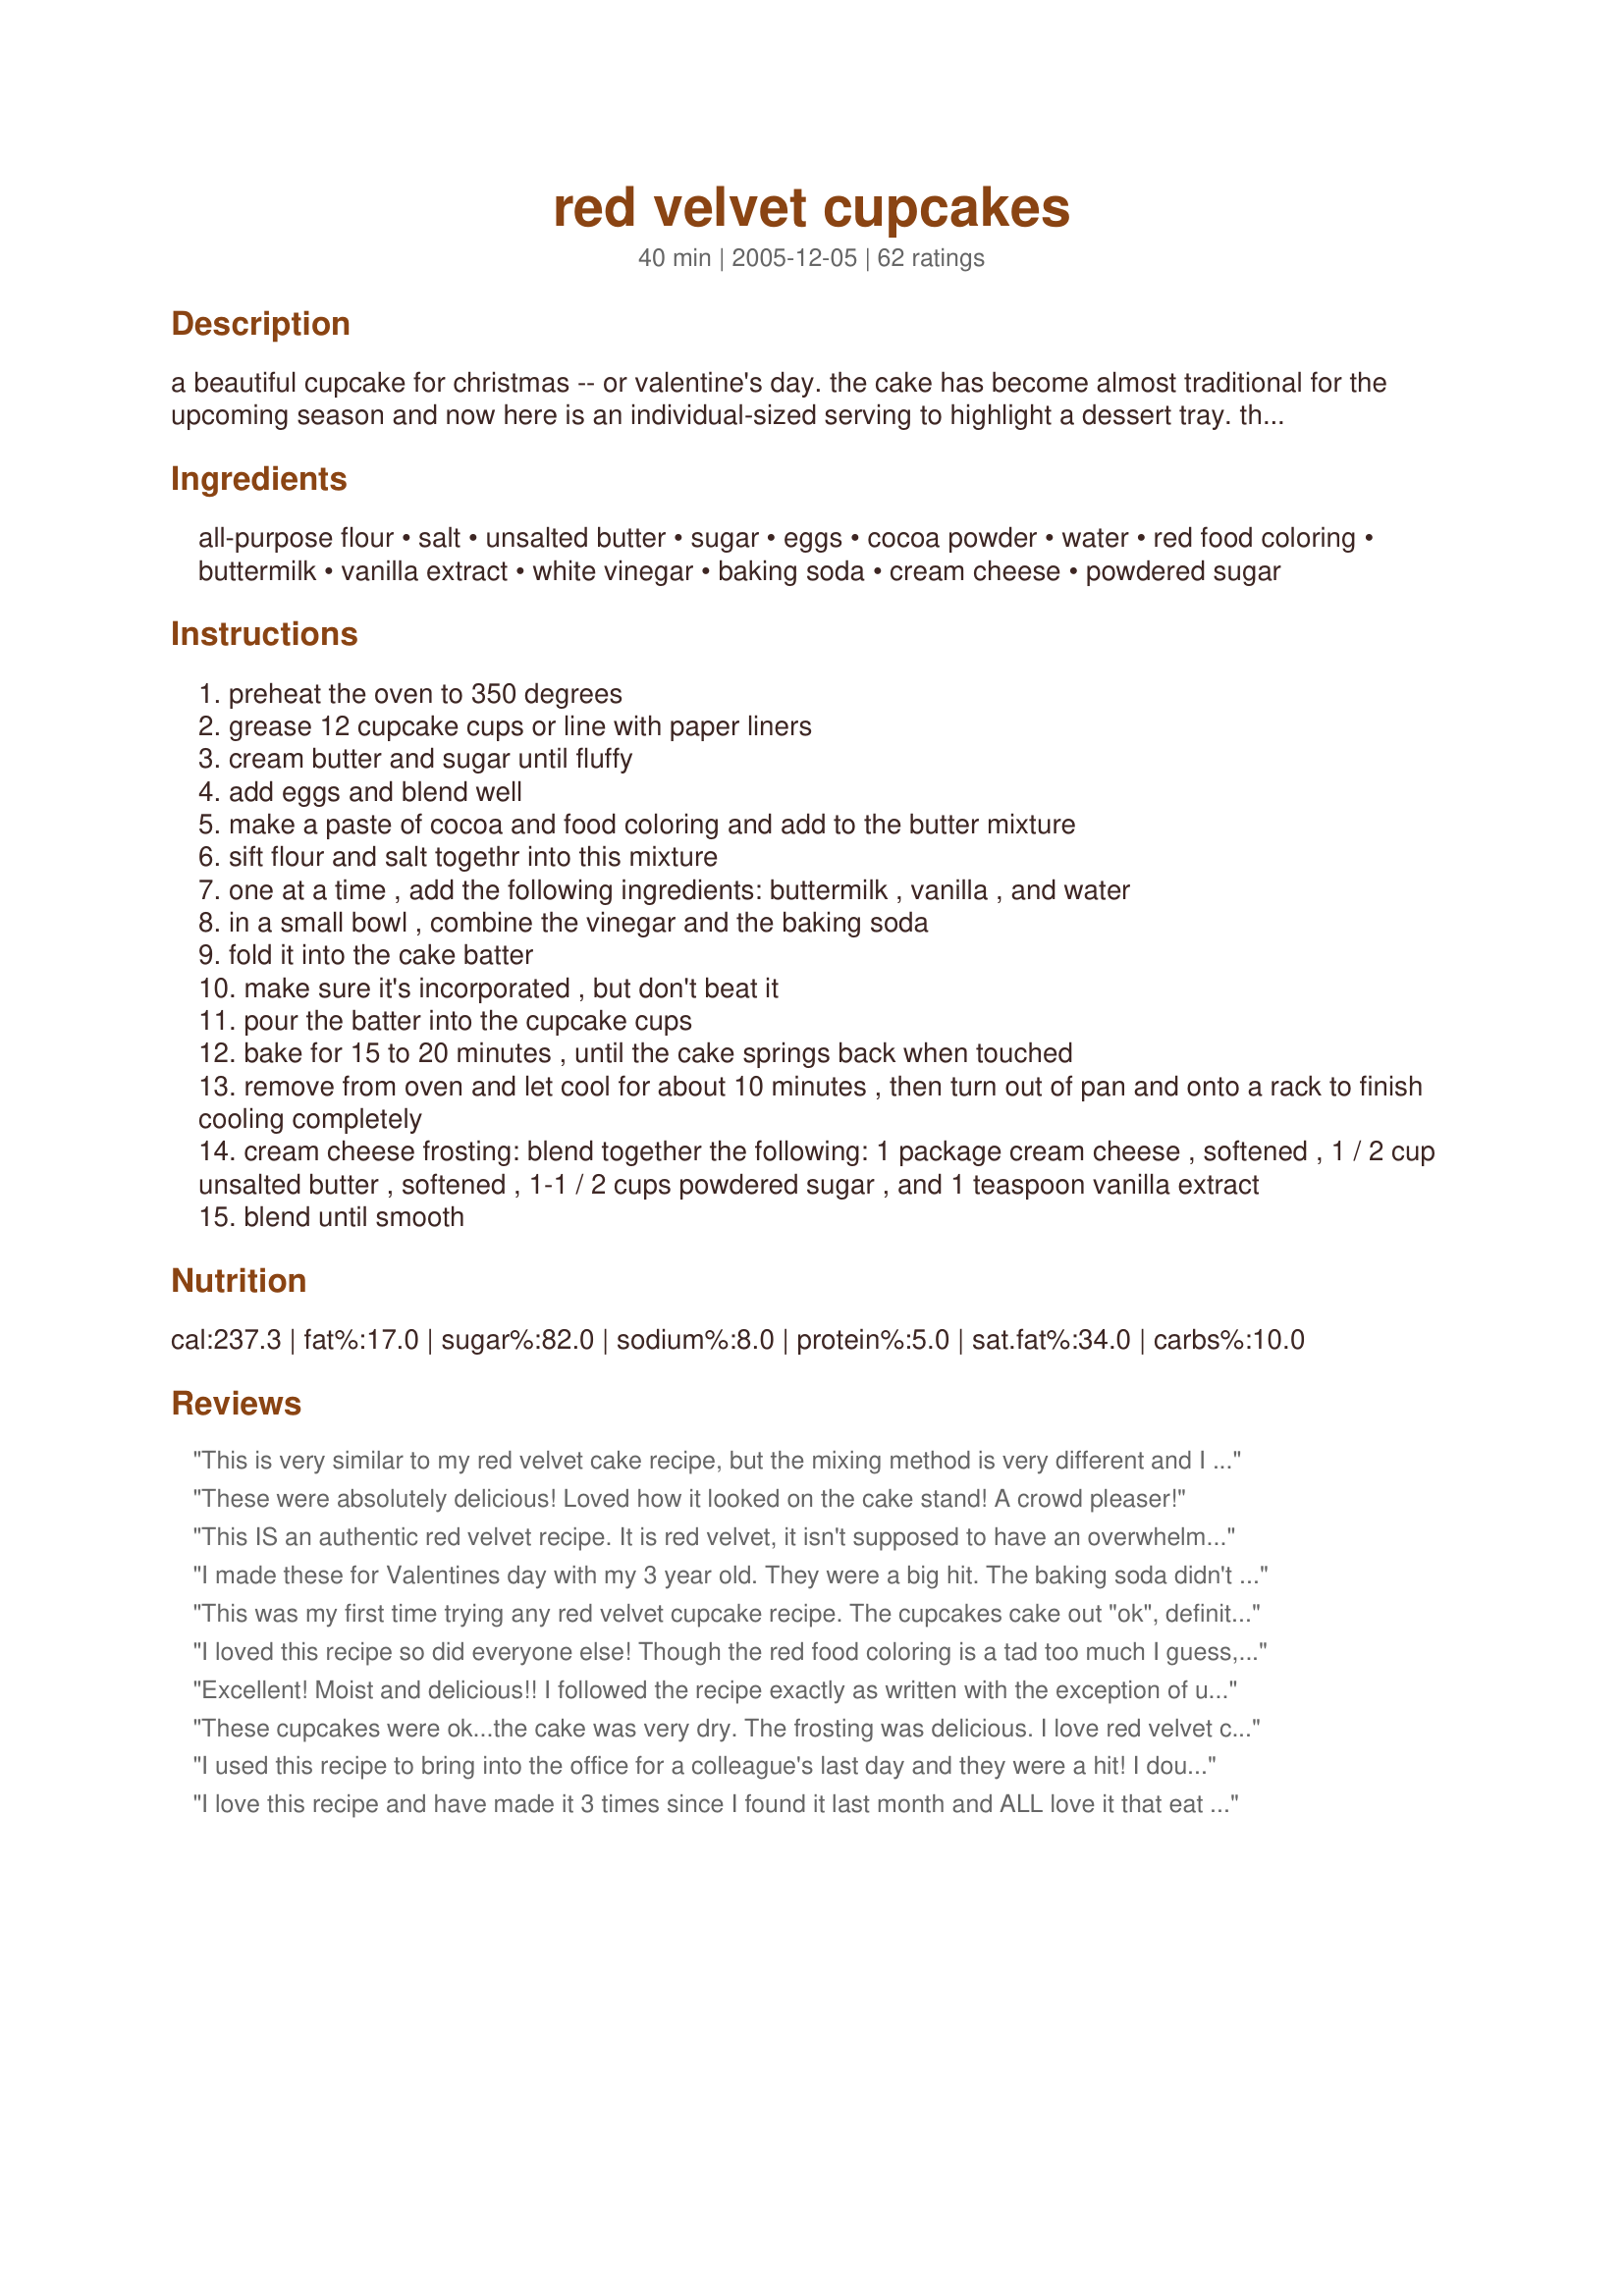
red velvet cupcakes
Preparation time: 40 minutes

a beautiful cupcake for christmas -- or valentine's day. the cake has become almost traditional for the upcoming season and now here is an individual-sized serving to highlight a dessert tray. the recipe came from a book of cupcake recipes and decorating ideas. i'm sorry to say i know neither the name of the book nor the author but am grateful to have gotten such a great recipe! note that the recipe for a suggested frosting is included at the end of the recipe, but any white frosting of your choice may be used.
edited to add: the recipe comes from the book "hey there, cupcake!" by clare crespo. it contains lots of decorating ideas.

Ingredients:
all-purpose flour, salt, unsalted butter, sugar, eggs, cocoa powder, water, red food coloring, buttermilk, vanilla extract, white vinegar, baking soda, cream cheese, powdered sugar

Steps:
preheat the oven to 350 degrees
grease 12 cupcake cups or line with paper liners
cream butter and sugar until fluffy
add eggs and blend well
make a paste of cocoa and food coloring and add to the butter mixture
sift flour and salt togethr into this mixture
one at a time , add the following ingredients: buttermilk , vanilla , and water
in a small bowl , combine the vinegar and the baking soda
fold it into the cake batter
make sure it's incorporated , but don't beat it
pour the batter into the cupcake cups
bake for 15 to 20 minutes , until the cake springs back when touched
remove from oven and let cool for about 10 minutes , then turn out of pan and onto a rack to finish cooling completely
cream cheese frosting: blend together the following: 1 package cream cheese , softened , 1 / 2 cup unsalted butter , softened , 1-1 / 2 cups powdered sugar , and 1 teaspoon vanilla extract
blend until smooth

Reviews:
This is very similar to my red velvet cake recipe, but the mixing method is very different and I can't imagine this method makes the cakes come out right. Most cocoas are very course and need to be sifted (at least I always sift). Then there is the "add all the flour" to the egg/butter mixture before adding the liquids. This must be impossible to incorporate, and then after the buttermilk is added, you will have nothing but a soupy mess. Every recipe I've seen has you alternate flour etc. and liquids, always beginning and ending with flour. Try this method next time and note the consistency of your batter after each addition. Always nice and "pudding-like" after the flour, but always runny after the milk. I didn't rate this because I didn't actually make the cupcakes. Just going from experience. My cake always turns out delicious too, and gets many rave reviews by those who eat it.
These were absolutely delicious! Loved how it looked on the cake stand! A crowd pleaser!
This IS an authentic red velvet recipe. It is red velvet, it isn't supposed to have an overwhelming chocolate taste. I've made this recipe many times and it always turns out great. But I do think I prefer it as a cake as opposed to cupcakes.
I made these for Valentines day with my 3 year old. They were a big hit. The baking soda didn't seem to overpowering (imo) and they were relatively easy to make.
This was my first time trying any red velvet cupcake recipe. The cupcakes cake out "ok", definitely not like the kind you buy at sprinkles! They were very moist in the middle, but on the outside, they were a little dry. I wasn't sure if I overcooked them, but my toothpick didn't come out clean until about 4 minutes past the max time given for the recipe. However, everyone at the part loved them. But maybe they were being nice?
I loved this recipe so did everyone else! Though the red food coloring is a tad too much I guess, it really leaves its color on your tongue for a long time.
Excellent! Moist and delicious!! I followed the recipe exactly as written with the exception of using only .3 oz of red food coloring. (It's all I had and didn't realize the recipe required more until I already started.) The cupcakes were a deep red color despite less coloring. I'm sure I'll be making these again!
These cupcakes were ok...the cake was very dry. The frosting was delicious. I love red velvet cake, but I won't make the cupcakes again. Not what I was expecting.
I used this recipe to bring into the office for a colleague's last day and they were a hit! I doubled the recipe because I thought it really only made 12 cupcakes--this is not the case. After doubling, I had 24 cupcakes plus enough to make a 9" round. It was almost too much for my Kitchenaid mixer to mix all at once. The cream cheese frosting was amazing and I used low fat cream cheese. I only used 1oz of food coloring and it was plenty red. A great recipe! Thanks!
I love this recipe and have made it 3 times since I found it last month and ALL love it that eat it and asked for the recipe! I did follow someone's advice and only put in 1 oz. of Red food coloring then just filled the bottle with water and shook for the second ounce! And they were red enough inside!
What a great recipe! I didn't make the paste with the cocoa and red food coloring. Instead I sifted the cocoa in with the dry ingredients. Then when the batter was made I put in the food coloring and then did the baking soda vinegar part. Turned out very yummy. I used another cream cheese frosting recipe. All of them got eating at our Christmas get together!
Very delicious and tres moist. The icing included goes well with the cupcakes. It looks very pretty also.
I&#039;ve made this recipe twice now. The first time, I accidentally used too much cocoa, and they ended up reminding me of Hostess cupcakes for some reason. This time, I followed the recipe almost to a T, but I didn&#039;t use as much food coloring because I didn&#039;t have enough. The cupcakes turned out really soft and fluffy. My husband said they were &quot;exquisite&quot;. My only problem with them is that I think they could have used a tad more vanilla or cocoa, or just something to make them a little bit more flavorful. I will definitely be keeping this recipe around and experimenting with it. I&#039;d love to see what a spice cake cupcake based on this recipe would taste like. I am already considering giving some variation of this as Christmas gifts. Thank you!
Loved them...i used almond milk w/ lemon juice to make butter milk ...ended up using less food coloring because I only bought a 1 ounce bottle for this so used what I had (seemed like a lot at the store) :)- i liked the way the color turned out so it was all good...I think my "secret" with cup cakes/and cakes is I do them mostly by hand because I don't have a mixer (well I have a processor that i use sometimes ....it depends what feels right) these I did by hand and could really feel the batters texture...turned out like a lovely dream my cooking time ran longer but it usually does with this oven and I got 16 large cupcakes which was perfect for my purpose...I topped them them with a tofu "cream cheese" that I decorated with cocoa, sparkle gel or beet pink coloring so I had different little "outfits" on each little cake...made for Valentine's 09 playing "I Recommend Tag...and I HIGHLY recommend this wonderful recipe. My husband freaked over this as his gift...:) ...will make these for Christmas, and July 4 and any other excuse I can find from now on :)...very special...just wonderful - LOVE IT!!!
I've made many cupcakes before, but I usually stick to chocolate or vanilla. I made these for a friend's birthday because she loves red velvet. It was a little more involved than a regular cupcake recipe, but the results were fantastic. The cake had great texture and was deliciously moist. They were a hit at the party! I made a double batch of the frosting and added extra confectioner sugar, which I will recommend to anyone who likes to pile the frosting high.
I agree with some people here in that these cupcakes lack some flavour so some more cocoa would be good but apart from that I'm pleased with how these turned out. I found that the cocoa didn't mix into the food colouring very well so added a dash of water which helped it all come together, but not into a paste. Other than that I would say the cupcakes are beautifully moist and springy which is what I look for in a cupcake. I'll be using a different recipe for the frosting but I'm sure that will make up for the lack in cocoa
Awesome recipe but I changed the order the food was being put together: flour/salt mix in bowl then added butter/ egg mix then added coloring mix then the buttermilk and finally the baking soda mix. That's how my Mom cooks, by adding the liquids to solids and it always worked! The cooking time was perfect and the icing to die for!
This recipe for red velvet cupcakes is awesome. I followed recipe exactly and everything blended beautifully, not sure why others had problems with the method they suggested. It tasted amazing, with that authentic red velvet taste. It was super moist and best of all my whole family loved it including my fussy 7 yr old. I wouldn't change anything.
I agree with the review below me about mixing the cocoa powder and food coloring together. Next time I will just add in the powder with the flour and add food coloring as I mix. I also could not get the cocoa powder to dissolve completely but I will say the cupcakes still turned out great. I&#039;m not a big cream cheese fan so I didn&#039;t make the icing. I just bought a can of vanilla icing at the store and thought it tasted great.
I made these last weekend and my DH loved them! He said that they were the best cupcakes he has ever eaten!!! I did modify the recipe to only use 1.5 TBS of food coloring and followed the recommendation in Chef #732420's review and they came-out great. I used a different cream cheese frosting recipe (added 4 Tbs milk and increased powdered sugar to 4 cups) which was very tastey, but I had a lot of frosting left-over. I will definitely be making these again!
Doubled the recipe, they came out more like muffins then cupcakes, not sweet enough and VERY tough. Not sure what went wrong, followed ezactly. 

Going to remake with cakemix doing an EASY red velvet cake instead. 
These are going in garbage.
it was scrumptious
I was in charge of organizing desserts for our church Christmas dessert theatre. We served 600 over 4 nights without a kitchen! These cupcakes were one of the most popular choices. They're so yummy and and they looked so pretty! People enjoyed making these, as well.
Delicious little cakes--which tasted very much like the best red velvet cakes I've eaten, without too much cocoa. I didn't mix the food coloring with the cocoa and just added it to the batter. Also used a different frosting.
First...a caveat...I am just learning to cook so any issues could be chef error and not recipe related at all. These were good but not great. Mine too turned out slightly muffiny and I followed Chef 732420's instructions. After a bit of research, I found that the key to light and fluffy cake is lots of butter and ensuring that the butter and sugar is creamed really, really well - to the point where the sugar is dissolved. So I'll focus more on that next time and see how it goes.
Wonderful! I made these for my math class, but filled them with a cream cheese, butter, chocolate, and heavy whipping cream mixture and frosted them with chocolate ganache and they turned out amazing. (One kid told me they were the best he had ever had) I loved the cake recipe, it was so moist, and sooo beautiful. The color was amazing, though I did have red-stained hands afterwords (and a stained tablecloth were I spilled).
I was expecting more -- tasted a little too commercially for me, not homemade enough. I thought I was going to buy one brand of cake mix, but when I got to the store, I was limited in choices b/c of the amount of cake mix required for this recipe; 18.25 over 15 ounces. I followed the instructions to the letter, just okay to me. Although I did put the mix in a loaf pan and just did the toothpick test for doneness, it was fine. The frosting for this recipe is over the top unbelievably amazing!!!!! It sets up beautifully and frosts just as nice. I had a lot frosting left over and thought I'd just toss it -- my husband said, are you crazy, we can eat that frosting with everything. He's right -- this frosting is delicious!
Two words: di vine! I thought it might flop because of some of the reviews, but mine worked perfectly. I'm looking at starting a cupcake business, and this will be on my menu. Thanks!
Moist and tasty. I used the recipe along with an armadillo mold to make a cake ala Steel Magnolias. Even with making the cake, I still had enough batter left for about 20 regular sized cupcakes. All disappeared quickly.
I'm making these today for the second time. I made them the first time after my co-worker brought them to work and I realized I had to make them for my son's birthday party. Now I'm taking them to a dinner party. They are delicious.
Delicious and easy to make. I had never made cupcakes before and these ones turned out great. Loved the icing.
These cupcakes were amazing! They were my first red velvet and I was impressed.
In all fairness, this is a very good recipe. Everyone who tasted these loved them. I had expectations that these would taste like my mom's and they just don't. They're not old school southern red velvet but they are moist, tasty and the cake is not too sweet. I might try these again with the old school frosting.
I'm sorry :-( This didn't work for me. I followed your instructions to a T, but they turned out dense and heavy. There were also several that didn't cook through completely (although I blame that on my oven, and not your recipe). I needed these for a meeting, and I ended up having to run to the store to pick up a box mix to whip up really quick. I did, however, enjoy the frosting, and used it to frost the box-mix cupcakes. I might try these again at a later time, but for now, I think I may have to do a little more searching. Thank you, though, for the recipe!!
These turned out great. Topped them with cream cheese pecan frosting. They don't last long a round here.
Sorry but this recipe was a complete failure. Cake did not taste good nor did it even look like a red velvet cake. Had a funny taste which i believe came from the vinegar and baking soda.
I just finished making this recipe for a Memorial Day potluck. The cake part is tasteless, sweet but that's it. There's not enough cocoa powder. I used a 1 oz bottle of red food coloring and that was more than enough. I will continue to look for an authentic red velvet cake recipe.
We loved these cupcakes. They were moist and flavorful. It's a really nice recipe for cream cheese frosting, too! The only change I made to the recipe was to only use 1 ounce of red food coloring. It seemed to make the cupcakes plenty red. Delicious treat. Thank you!
Best red velvet cupcakes ever :) They melt in your mouth, and are really easy to make.
A wonderful tasting cupcake! The recipe was a little confusing because the ingredients are in a different order than called for in the directions for the cupcake part so take care to read the directions carefully. The frosting is excellent ~ not too sweet and a good accompaniament to the sweet cupcakes. I got about 20 cupcakes out of the batter. I made these for Valentine's Day dessert and I am glad I did. Thanks for posting!
Oh my,,what a perfect delight for this time of year. I usually make a redvelvet cake, but decided to switch it up a bit, and so glad I did. Followed your recipe exact Lorraine and wouldn't change a thing. Made this for Redsie's MuffinMania 08.~
Very good! The recipe says get 12 cup cake liners ready, it makes 24(for those of you like me who can't tell by the amount of mix)=)
I needed something for a Valentine's Day bake sale at church. I thought cookies, but I knew there would be a ton of those. These beautiful red velvet cupcakes were just what I was looking for. They are delicious, moist, and very easy to make! The only thing I did differently was to use my substitute for buttermilk recipe in place of the regular buttermilk.
Thanks for sharing this recipe!
I use this last night and got amazing results! Moist and delicious! the frosting was amazing too!

If it helps, I poured in the flour, then the buttermilk, vanilla, water, then baking soda and vinegar and ONLY THEN did i mix it all into the butter/sugar/food coloring/cocoa mix -- i think overmixing the flour into it can make it tough!

also, i used food coloring gel -- 1 tsp diluted in 6 tbsp water!
Very good cupcakes and the frosting was ok too but I've had better cream cheese frosting before. I thought the step of combining the cocoa powder with the food coloring to be ridiculous. The cocoa didn't dissolve thoroughly and I ended up with specks of cocoa throughout my cupcakes. Next time I will simply add the food coloring to the batter and add the cocoa to the flour and salt.
These are truely amazing. I made them for my daughter's birthday party and every girl ate them up!!! I will definitely be making these again.
the cupcakes are overly sweet and are too soft for my liking. the are falling apart as I take them out of the baking tray
These need a bit more cocoa, and I didn't add the water simply because it was very runny already after the buttermilk. I followed the instructions (except for the water) and found that they didn't rise as much as I wanted. I'd probably change the order of adding the ingredients next time to what other users said worked for them. I'd also add more cocoa. Having said all that, they really are very cute to look at and although they didn't rise very much, they've got a nice consistency. I'd make these again.
I LOVE these cupcakes. I'd only ever tried Red Velvet Cake once before at a restaurant before I made these and these little cupcakes came out BETTER than cake I had there. I made them for my boyfriend and his mother and they were a HUGE hit. My family loves them too!!! They never stick around for longer than a day! This is a must try.
What did I do wrong? I followed the directions to a T, but mine came out with a bread-like texture- albeit a moist and delicious bread. I changed their title to "Red Velvet Muffins," and everyone thought they were great muffins. I wouldn't use this recipe again if I plan to make cupcakes. The cream cheese frosting was wonderful. I didn't want to put them on the "muffins," so I just slabbed it on a Duncan Heinz cake.
This was my first time making anything from scratch and my friends all loved it! The frosting looks a little funny, but i think it was because I didn't have enough cream cheese. Be sure to mix the food coloring in really really well, otherwise, it will leave swirls at the bottom of the bowl and in the cupcakes.
These were fantastic! I brought them to my family and my relatives couldn't get enough. I'll definitely make them again. The cream cheese frosting that I used was a perfect compliment! :)
This recipe came out delicious! I read the reviews before making it and I saw things about the cupcakes coming out very dense like bread, so I took precaution and added the buttermilk to the flour before putting it in with the rest of the ingredients. The only issue I had was that I realized I was making dough so I lightly encorporated it and then mixed it in. So I did unfortunately have very few small hard balls of dough in the cupcakes :/. Other than that the cupcakes are VERY moist, took a bit more cooking time than directed, and are so delicious. I thought I didn't have enough frosting at first but I did. I put a bit too much on actually.
Thank you for this recipe they came out so good! I will be posting a picture soon too.
Thanks for a great, easy recipe and for all the helpful hints. Everyone loved these, said they were even better than the $4 cupcake bakeries that are all the rage! I followed the advice of my fellow cooks and used one T food coloring and added water to the jar for a 2nd T and the cupcakes were nice and red. I also made 2 batches - do not try to mix the flower into the sugar/eggs because the texture will be like bread. . . add the buttermilk, water, food coloring, vinegar THEN mix but don't over mix - perfection :)
This recipe first appeared as if it would be delightful, but in fact, they came out bland and hard. With a few alterations I'm sure it could be improved and I will not refute that it could have been a mistake on my part which reasoned for the outcome. However, I have had a number of other recipes which were much better.
Light moist and delicate cupcakes! I also made the frosting and it is one of the better cream cheese frosting's I've had. I didn't use as much food coloring so my cupcakes were more pink in color. :D I topped these with red, pink & white sprinkles, and they were so pretty! Thank you!
I bake at least 3 to 4 days out of the week and like a wide variety of sweets. This is probably the worst cupcake I have ever made. Followed instructions to a "T" and they are hard, dull and flavorless! Son has football players over and thank God they'll eat anything, but I'm certainly not proud of these and will not recommend. I am a pretty darn good/successful baker and cook and am so disappointed at all the effort put in and for yuck!
Excellent! This is the best red velvet recipe I've made by far. I did substitute milk w/ 1 Tsp. white vinegar for the buttermilk since I didn't have any, and I used the water-in-the-food-coloring-jar trick, but otherwise I made it just as directed. I made the cupcakes slightly larger, so I did have to bake them for longer than 20 minutes, but they turned out soooo good.
I didn't have nearly enough red food colouring so used water in its place. Obviously it could have been redder, but that didn't detract from the overall taste. I brought these to our Victoria Day BBQ and they were a hit! Thanks!
I loved this recipe! It was truly delicious and very moist! The frosting was perfect and the process was easy. I recommend putting a little bit more flour in the recipe or less water. This provides a delicious treat for any event!! Thank you for posting this incredible recipe!!
these were amazing!!! but I made a few changes,i read a few complaints about them being a bit dry so i just put all the ingredients in one bowl and mixed them for 3 min.
I also used 1 tbs not tps of apple vineger and put 3 tbs of water and cooked them for 16 min......wow did they taste amazing the texture was really velvety and the frosting with the cupcakes was just the perfect combo thaaanx for the recipe its a keeper
These were slightly muffiny but very good! The cream cheese frosting was fabulous!!!
